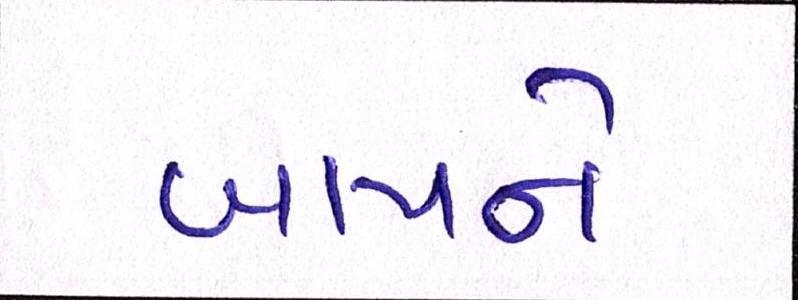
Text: બાપને